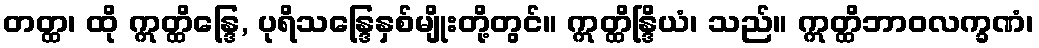
တတ္ထ၊ ထို ဣတ္ထိန္ဒြေ, ပုရိသန္ဒြေနှစ်မျိုးတို့တွင်။ ဣတ္ထိန္ဒြိယံ၊ သည်။ ဣတ္ထိဘာဝလက္ခဏံ၊